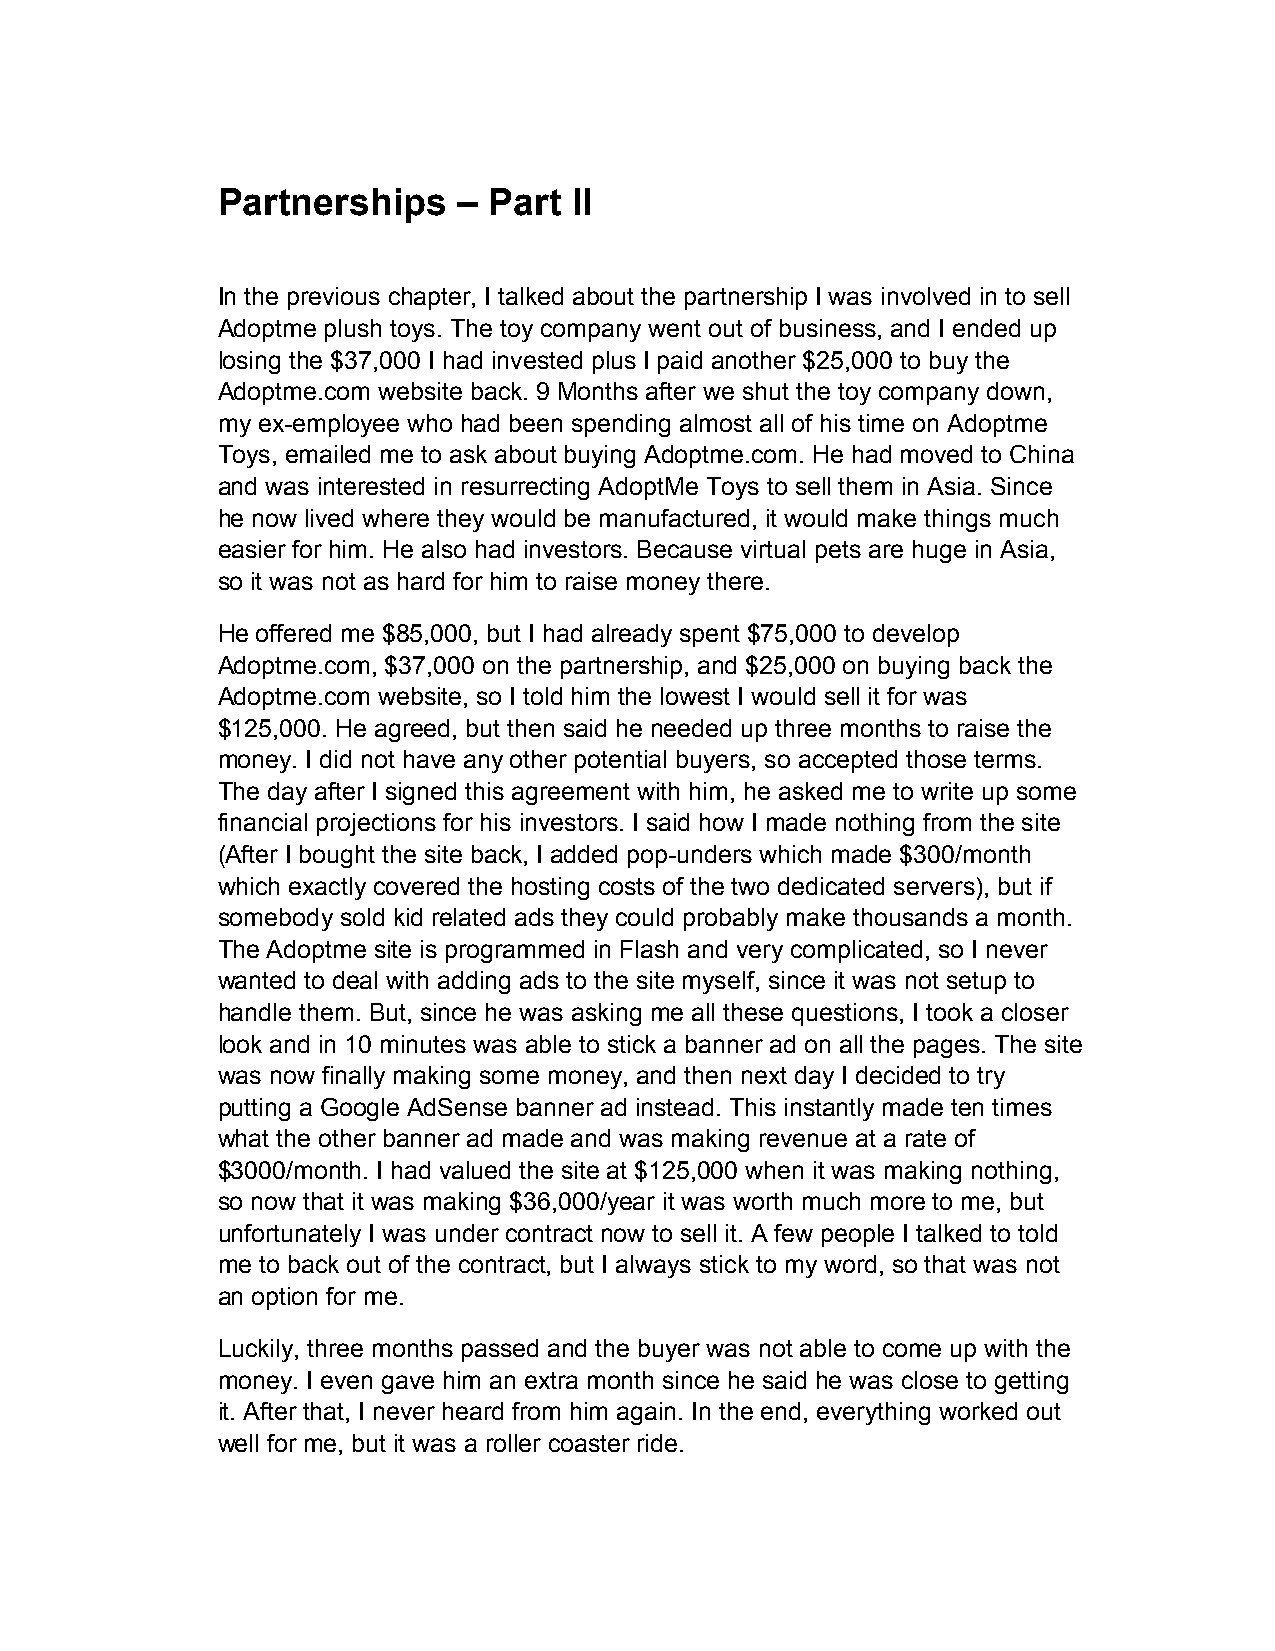
Partnerships    – Part  II
 In the previous chapter, I talked about the partnership I was involved in to sell
 Adoptme plush toys. The toy company went out of business, and I ended up
 losing the $37,000 I had invested plus I paid another $25,000 to buy the
 Adoptme.com website back. 9 Months after we shut the toy company down,
 my ex-employee who had been spending almost all of his time on Adoptme
 Toys, emailed me to ask about buying Adoptme.com. He had moved to China
 and was interested in resurrecting AdoptMe Toys to sell them in Asia. Since
 he now lived where they would be manufactured, it would make things much
 easier for him. He also had investors. Because virtual pets are huge in Asia,
 so it was not as hard for him to raise money there.
 He offered me $85,000, but I had already spent $75,000 to develop
 Adoptme.com, $37,000 on the partnership, and $25,000 on buying back the
 Adoptme.com website, so I told him the lowest I would sell it for was
 $125,000. He agreed, but then said he needed up three months to raise the
 money. I did not have any other potential buyers, so accepted those terms.
 The day after I signed this agreement with him, he asked me to write up some
 financial projections for his investors. I said how I made nothing from the site
 (After I bought the site back, I added pop-unders which made $300/month
 which exactly covered the hosting costs of the two dedicated servers), but if
 somebody sold kid related ads they could probably make thousands a month.
 The Adoptme site is programmed in Flash and very complicated, so I never
 wanted to deal with adding ads to the site myself, since it was not setup to
 handle them. But, since he was asking me all these questions, I took a closer
 look and in 10 minutes was able to stick a banner ad on all the pages. The site
 was now finally making some money, and then next day I decided to try
 putting a Google AdSense banner ad instead. This instantly made ten times
 what the other banner ad made and was making revenue at a rate of
 $3000/month. I had valued the site at $125,000 when it was making nothing,
 so now that it was making $36,000/year it was worth much more to me, but
 unfortunately I was under contract now to sell it. A few people I talked to told
 me to back out of the contract, but I always stick to my word, so that was not
 an option for me.
 Luckily, three months passed and the buyer was not able to come up with the
 money. I even gave him an extra month since he said he was close to getting
 it. After that, I never heard from him again. In the end, everything worked out
 well for me, but it was a roller coaster ride.